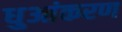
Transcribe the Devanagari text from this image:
धुआंकरण